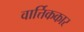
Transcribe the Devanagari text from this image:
वार्त्तिककार